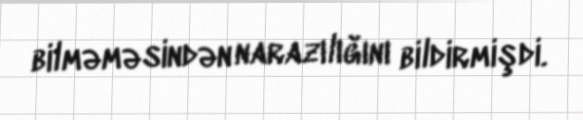
bilməməsindən narazılığını bildirmişdi.